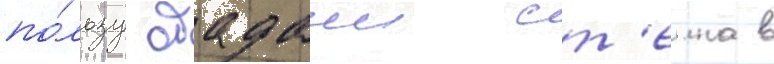
по́льзу обадаии ст'еина в